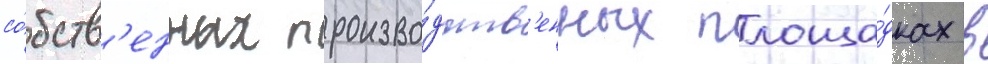
со́бств'енных произво́дств'енных площа́дках в